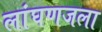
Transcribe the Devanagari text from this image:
लांघणजला